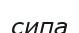
сипа